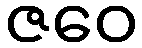
ဇဝေ